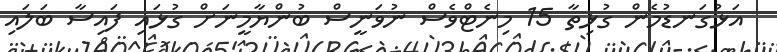
އަޅުގަނޑުމެން ގުޅިތާ 15 މިނެޓްވެސް ނުވަނީސް ބުންޔާމީނަށް ގުޅައި ފައިސާ ބަލައި